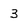
Character: 3